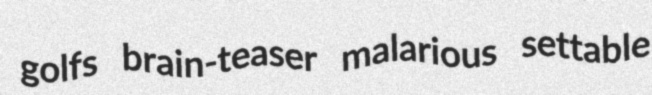
golfs brain-teaser malarious settable